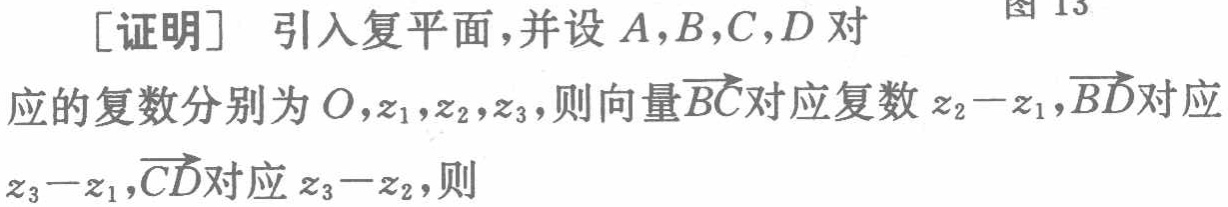
[证明] 引入复平面,并设 \(A,B,C,D\) 对应的复数分别为 \(O,z_{1},z_{2},z_{3}\)，则向量\(\overrightarrow{BC}\)对应复数 \(z_{2}-z_{1}\)，\(\overrightarrow{BD}\)对应\(z_{3}-z_{1}\)，\(\overrightarrow{CD}\)对应 \(z_{3}-z_{2}\)，则